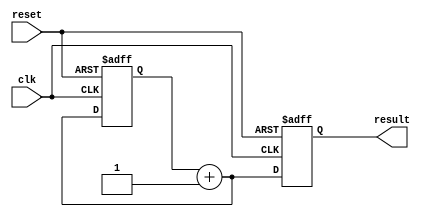
module counter
(
	input clk,
	input reset,
	output reg[10:0] result
);

reg[10:0] tmpRes = 11'h0;
	
	always @(posedge reset or posedge clk)
	begin
		if(reset == 1)
			tmpRes = 0;
		else
			tmpRes = tmpRes + 11'd1;
		result = tmpRes;
	end
	
endmodule